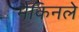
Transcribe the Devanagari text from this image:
मैकिनले